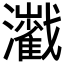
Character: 𤄔